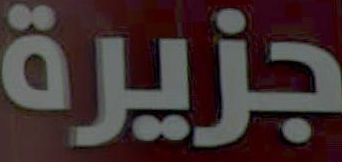
جزيرة